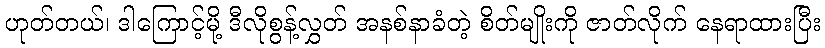
ဟုတ်တယ်၊ ဒါကြောင့်မို့ ဒီလိုစွန့်လွှတ် အနစ်နာခံတဲ့ စိတ်မျိုးကို ဇာတ်လိုက် နေရာထားပြီး